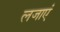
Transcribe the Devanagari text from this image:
लजाएं